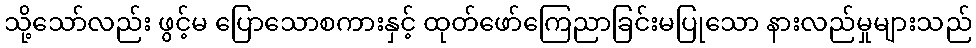
သို့သော်လည်း ဖွင့်မ ပြောသောစကားနှင့် ထုတ်ဖော်ကြေညာခြင်းမပြုသော နားလည်မှုများသည်